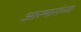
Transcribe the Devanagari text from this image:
आरमारांच्या